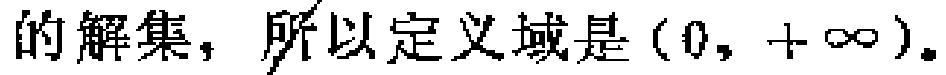
的解集，所以定义域是\((0, +\infty)\)。